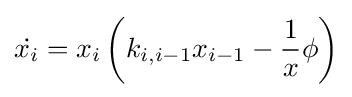
{\dot {x_{i}}}=x_{i}\left(k_{i,i-1}x_{i-1}-{\frac {1}{x}}\phi \right)